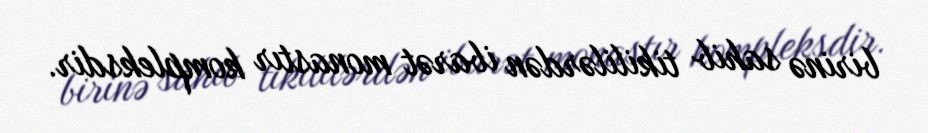
birinə sahib tikililərdən ibarət monastır kompleksdir.